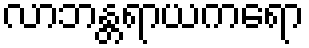
လာဘန္တရာယကရော